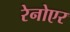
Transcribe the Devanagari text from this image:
रेनोएर